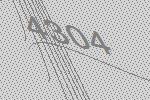
4304